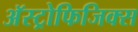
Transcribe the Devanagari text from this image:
अॅस्ट्रोफिजिक्स